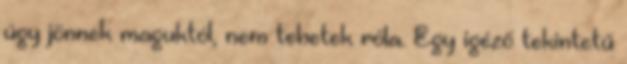
úgy jönnek maguktól, nem tehetek róla. Egy igéző tekintetű